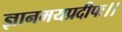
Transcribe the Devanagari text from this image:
ज्ञानमयप्रदीपः।।